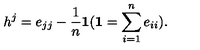
h ^ { j } = e _ { j j } - \frac { 1 } { n } { \bf 1 } ( { \bf 1 } = \sum _ { i = 1 } ^ { n } e _ { i i } ) .